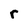
Character: r